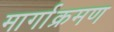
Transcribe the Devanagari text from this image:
मार्गाक्रमण